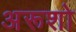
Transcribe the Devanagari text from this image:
अरूशो